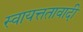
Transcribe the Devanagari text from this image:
स्वायत्ततावादी